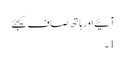
آئیے اور ہاتھ صاف کیجئے
1۔